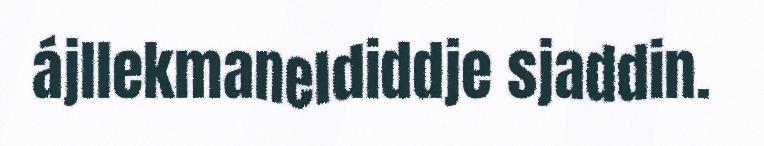
ájllekmaneldiddje sjaddin.